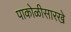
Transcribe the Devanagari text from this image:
पाकोळीसारखे